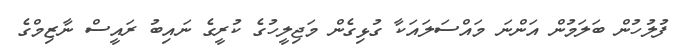
ފުލުހުން ބަލަމުން އަންނަ މައްސަލައަކާ ގުޅިގެން މަޖިލީހުގެ ކުރީގެ ނައިބު ރައީސް ނާޒިމްގެ